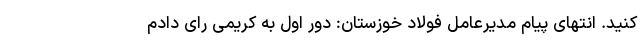
کنید. انتهای پیام مدیرعامل فولاد خوزستان: دور اول به کریمی رای دادم